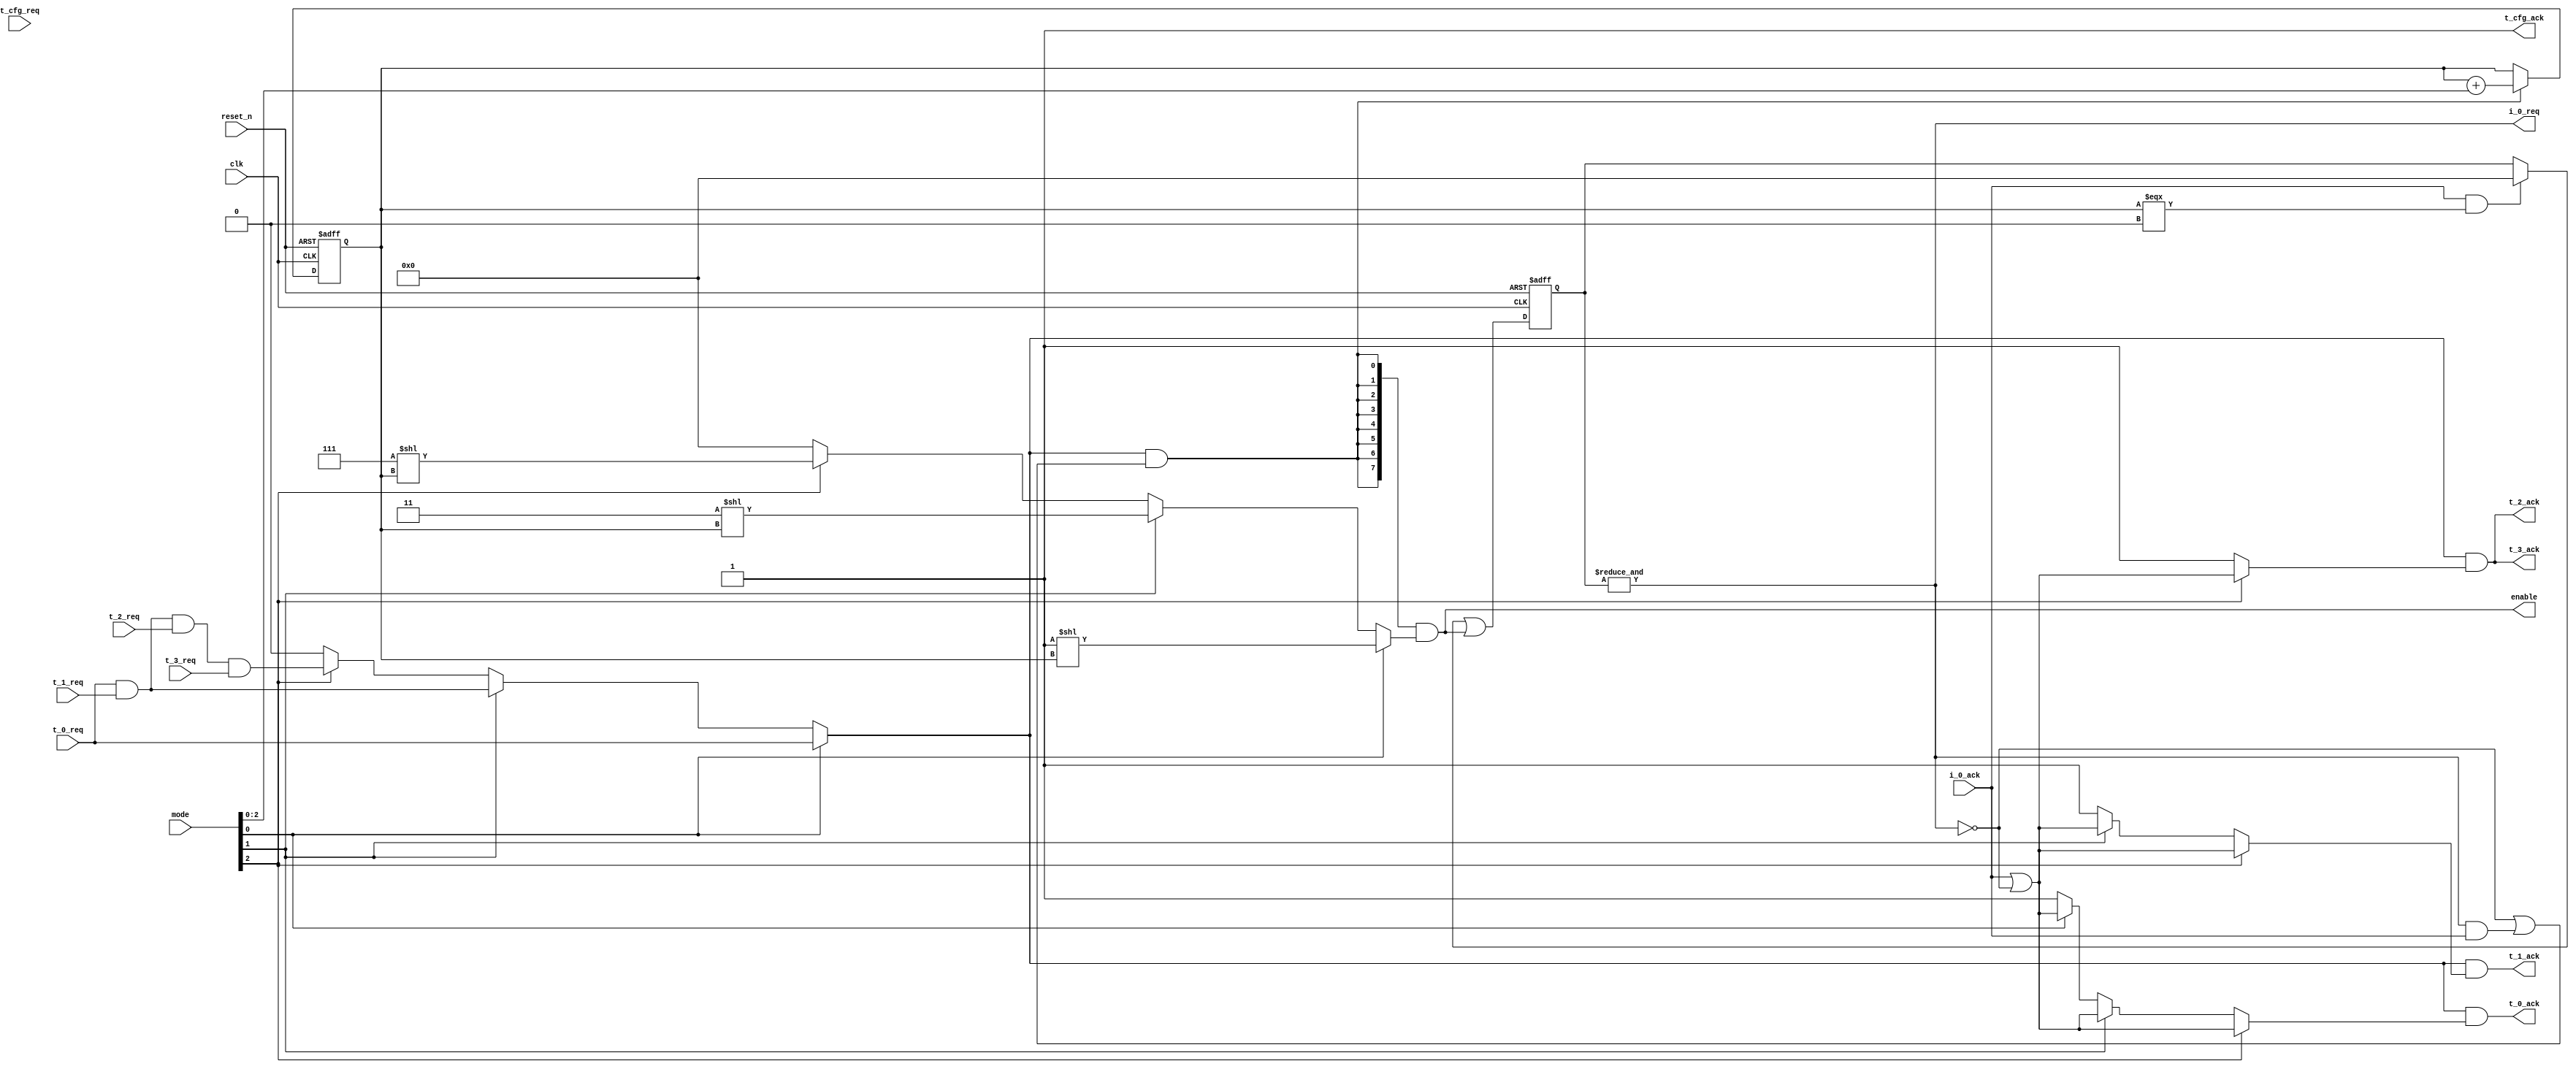


module defunnel_ctrl_5_1 (


    input        t_0_req,
    output       t_0_ack,

    input        t_1_req,
    output       t_1_ack,

    input        t_2_req,
    output       t_2_ack,

    input        t_3_req,
    output       t_3_ack,

    input        t_cfg_req,
    output       t_cfg_ack,

    output       i_0_req,
    input        i_0_ack,

    output       [7:0] enable,
    input        [7:0] mode,
    input clk, reset_n
);

wire [2:0] reduct; assign reduct = mode[2:0];

wire t_req; assign t_req = (
    reduct[0] ? (t_0_req) :
    reduct[1] ? (t_0_req & t_1_req) :
    reduct[2] ? (t_0_req & t_1_req & t_2_req & t_3_req) :
    1'b0
);

reg [7:0] valid;
wire [7:0] valid_nxt; // data valid bit

wire t_ack; assign t_ack = i_0_ack | (~&valid);

wire progress; assign progress = t_req & ((~&valid) | (&valid & i_0_ack));

reg [2:0] state;
wire [2:0] state_nxt; assign state_nxt = state + reduct;

assign valid_nxt = ((i_0_ack & (state === 'b0)) ? 8'b0 : valid) | enable[7:0];

always @(posedge clk or negedge reset_n)
    if (~reset_n)      state <= 3'b0;
    else if (progress) state <= state_nxt;

always @(posedge clk or negedge reset_n)
    if (~reset_n) valid <= 8'b0;
    else          valid <= valid_nxt;


assign enable = {8{progress}} & (
    reduct[0] ? (1'b1 << state):
    reduct[1] ? (2'b11 << state):
    reduct[2] ? (4'b111 << state):
    1'b0
);


assign t_0_ack = t_req & (
    reduct[2] ? t_ack :
    reduct[1] ? t_ack :
    reduct[0] ? t_ack :
    1'b1
);

assign t_1_ack = t_req & (
    reduct[2] ? t_ack :
    reduct[1] ? t_ack :
    1'b1
);

assign t_2_ack = t_req & (
    reduct[2] ? t_ack :
    1'b1
);

assign t_3_ack = t_req & (
    reduct[2] ? t_ack :
    1'b1
);


assign t_cfg_ack = 1'b1;

assign i_0_req = &valid;

endmodule